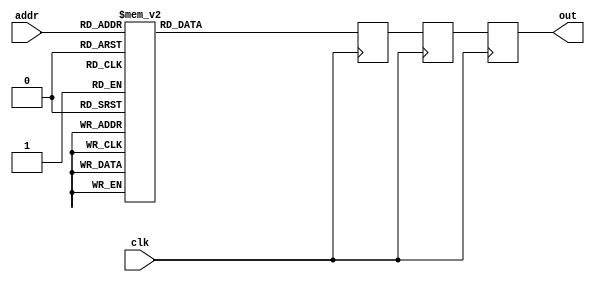
module D12_31470(addr, out, clk);
   input clk;
   output [15:0] out;
   reg [15:0] out, out2, out3;
   input [2:0] addr;
   always @(posedge clk) begin
      out2 <= out3;
      out <= out2;
   case(addr)
      0: out3 <= 16'h0;
      1: out3 <= 16'he782;
      2: out3 <= 16'hd2bf;
      3: out3 <= 16'hc4df;
      4: out3 <= 16'hc000;
      5: out3 <= 16'hc4df;
      6: out3 <= 16'hd2bf;
      7: out3 <= 16'he782;
      default: out3 <= 0;
   endcase
   end
endmodule